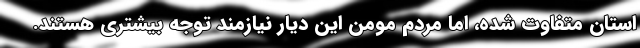
استان متفاوت شده، اما مردم مومن این دیار نیازمند توجه بیشتری هستند.